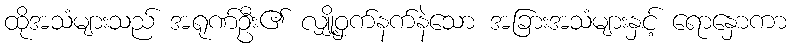
ထိုအသံများသည် အရုဏ်ဦး၏ လျှို့ဝှက်နက်နဲသော အခြားအသံများနှင့် ရောနှောကာ